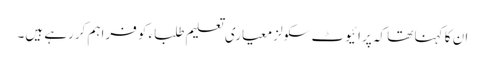
ان کا کہنا تھا کہ پرائیوٹ سکولز معیاری تعلیم طلباء کو فراہم کررہے ہیں۔